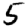
Digit: 5